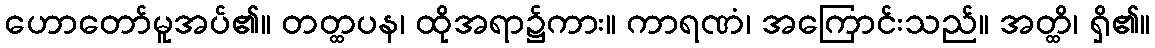
ဟောတော်မူအပ်၏။ တတ္ထပန၊ ထိုအရာ၌ကား။ ကာရဏံ၊ အကြောင်းသည်။ အတ္ထိ၊ ရှိ၏။